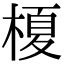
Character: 榎